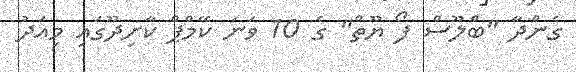
ގެންދާ "ބްލޫސް ފޯ ޔޫތް" ގެ 10 ވަނަ ކޭމްޕް ކާށިދޫގައި މިއަދު